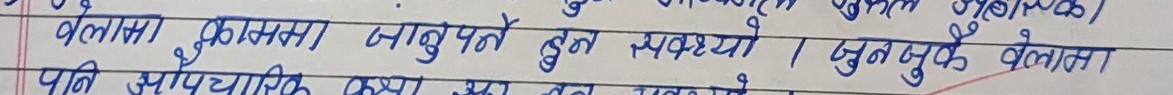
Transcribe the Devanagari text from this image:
वेलमा काममा जानुपर्ने बुन सक्यो । जुनपुक बेलाता
पानी औपचारिक क्यस्रा बन